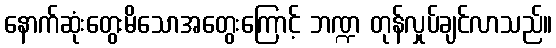
နောက်ဆုံးတွေးမိသောအတွေးကြောင့် ဘဏ္ဍ တုန်လှုပ်ချင်လာသည်။